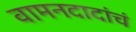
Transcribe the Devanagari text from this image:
वामनदादांचं